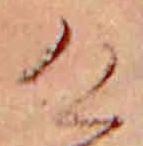
け